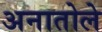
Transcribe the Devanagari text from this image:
अनातोले